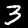
Digit: 3